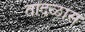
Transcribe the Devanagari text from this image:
तांदळास